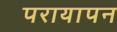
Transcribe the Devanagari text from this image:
परायापन